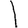
Digit: 1